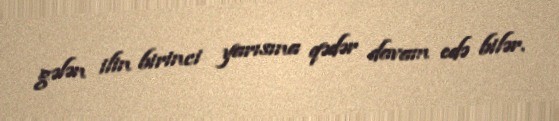
gələn ilin birinci yarısına qədər davam edə bilər.